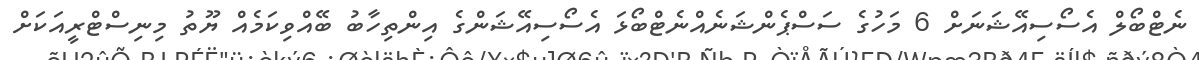
ނެޓްބޯލް އެސޯސިއޭޝަނަށް 6 މަހުގެ ސަސްޕެންޝަނެއްނެޓްބޯޅަ އެސޯސިއޭޝަންގެ އިންތިހާބު ބޭއްވިކަމެއް ޔޫތު މިނިސްޓްރީއަކަށް